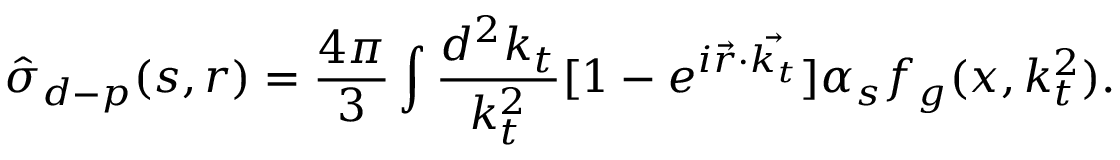
\hat { \sigma } _ { d - p } ( s , r ) = \frac { 4 \pi } { 3 } \int \frac { d ^ { 2 } k _ { t } } { k _ { t } ^ { 2 } } [ 1 - e ^ { i \vec { r } \cdot \vec { k _ { t } } } ] \alpha _ { s } f _ { g } ( x , k _ { t } ^ { 2 } ) .